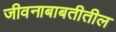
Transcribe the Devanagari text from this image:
जीवनाबाबतीतील